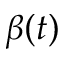
\beta ( t )